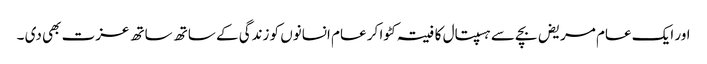
اور ایک عام مریض بچے سے ہسپتال کا فیتہ کٹوا کر عام انسانوں کو زندگی کے ساتھ ساتھ عزت بھی دی ۔